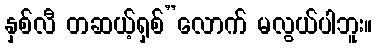
နှစ်လီ တဆယ့်ရှစ်”လောက် မလွယ်ပါဘူး။